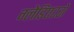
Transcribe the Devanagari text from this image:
ग्लेडिएटरों